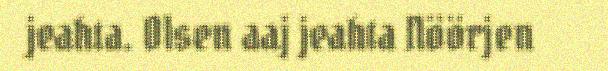
jeahta. Olsen aaj jeahta Nöörjen